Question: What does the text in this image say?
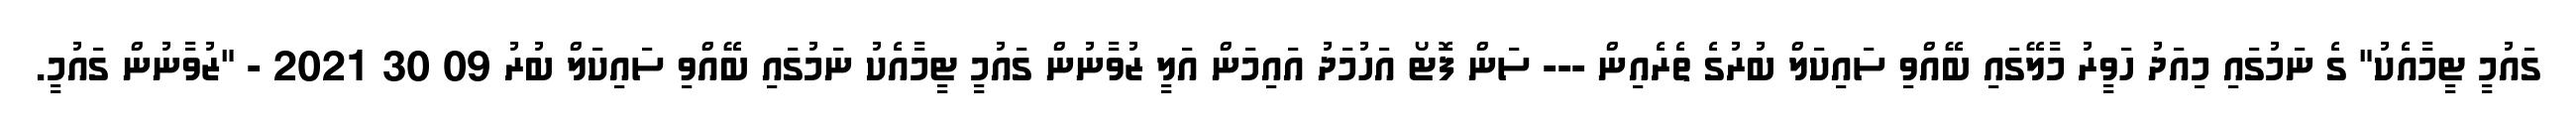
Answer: ގައުމީ ޓީމާއެކު" ގެ ނަމުގައި މިއަދު ހަވީރު މާލޭގައި ބޭއްވި ސައިކަލް ބުރުގެ ތެރެއިން --- ސަން ފޮޓޯ އަހުމަދު އައިމަން އަލީ ޒުވާނުން ގައުމީ ޓީމާއެކު ނަމުގައި ބޭއްވި ސައިކަލް ބުރު 09 30 2021 - "ޒުވާނުން ގައުމީ.